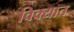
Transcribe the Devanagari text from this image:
विक्यात